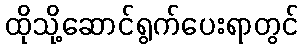
ထိုသို့ဆောင်ရွက်ပေးရာတွင်